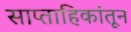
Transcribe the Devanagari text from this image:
साप्ताहिकांतून